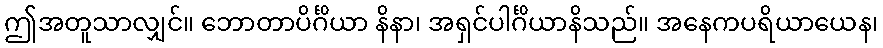
ဤအတူသာလျှင်။ ဘောတာပိင်္ဂိယာ နိနာ၊ အရှင်ပါင်္ဂိယာနိသည်။ အနေကပရိယာယေန၊